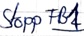
Text: Stopp FB1